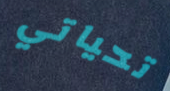
تحياتي